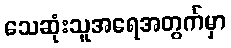
သေဆုံးသူအရေအတွက်မှာ